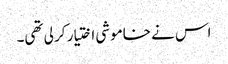
اس نے خاموشی اختیار کر لی تھی۔